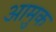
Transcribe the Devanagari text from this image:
आमुक